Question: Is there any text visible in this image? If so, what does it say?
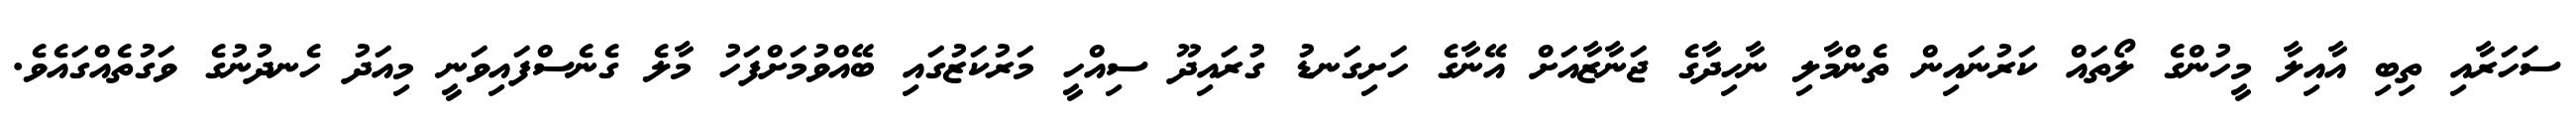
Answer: ސަހަރާއި ތިބި އާއިލާ މީހުންގެ ލޯތައް ކަރުނައިން ތެންމާލި ނާހިދާގެ ޖަނާޒާއަށް އޭނާގެ ހަށިގަނޑު ގުރައިދޫ ސިއްހީ މަރުކަޒުގައި ބޭއްވުމަށްފަހު މާލެ ގެނެސްފައިވަނީ މިއަދު ހެނދުނުގެ ވަގުތެއްގައެވެ.